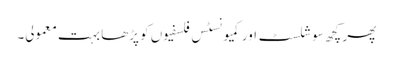
پھر کچھ سوشلسٹ اور کمیونسٹس فلسفیوں کو پڑھا بہت معمولی۔